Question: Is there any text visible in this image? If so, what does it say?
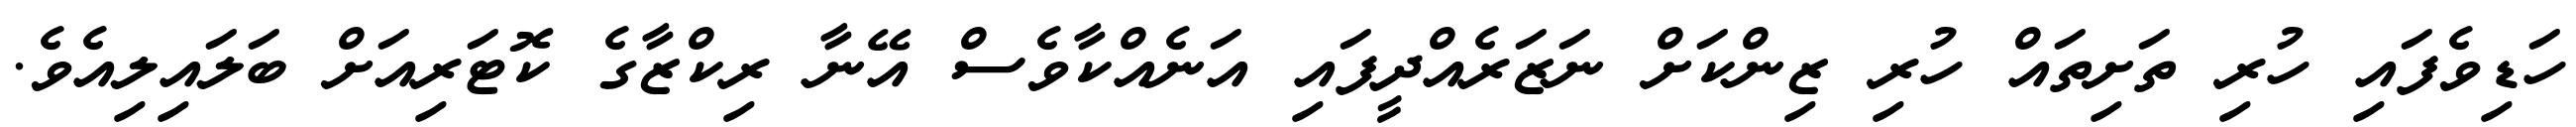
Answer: ހަޑިވެފައި ހުރި ތަށިތައް ހުރި ޒިންކަށް ނަޒަރެއްދީފައި އަނެއްކާވެސް އޭނާ ރިކްޒާގެ ކޮޓަރިއަށް ބަލައިލިއެވެ.